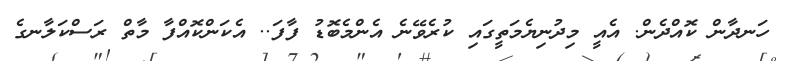
ހަނދާން ކޮއްދެން. އެއީ މިދުނިޔެމަތީގައި ކުރެވޭނެ އެންމެބޮޑު ފާފަ.. އެކަންކޮއްފާ މާތް ރަސްކަލާނގެ